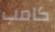
كامب